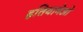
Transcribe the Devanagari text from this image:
हतियामेओ